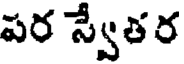
పర స్వేత ర